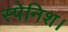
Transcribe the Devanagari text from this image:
स्पेनिश।